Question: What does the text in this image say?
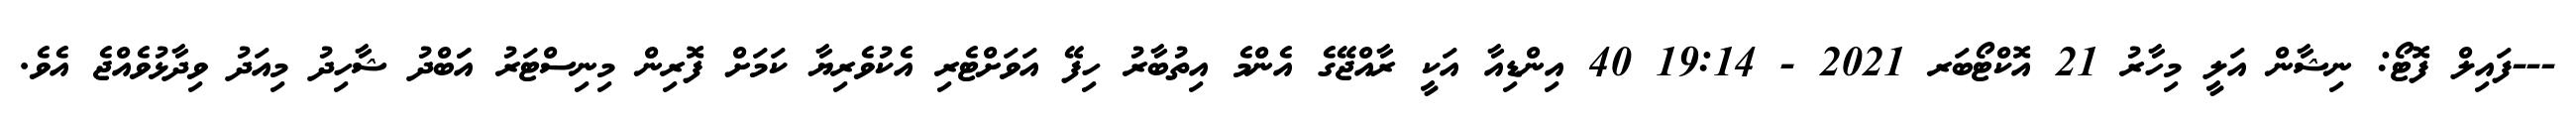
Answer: ---ފައިލް ފޮޓޯ: ނިޝާން އަލީ މިހާރު 21 އޮކްޓޯބަރ 2021 - 19:14 40 އިންޑިއާ އަކީ ރާއްޖޭގެ އެންމެ އިތުބާރު ހިފޭ އަވަށްޓެރި އެކުވެރިޔާ ކަމަށް ފޮރިން މިނިސްޓަރު އަަބްދު ޝާހިދު މިއަދު ވިދާޅުވެއްޖެ އެވެ.